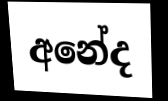
අනේද